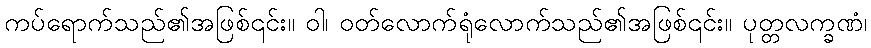
ကပ်ရောက်သည်၏အဖြစ်၎င်း။ ဝါ၊ ဝတ်လောက်ရုံလောက်သည်၏အဖြစ်၎င်း။ ပုတ္တလက္ခဏံ၊